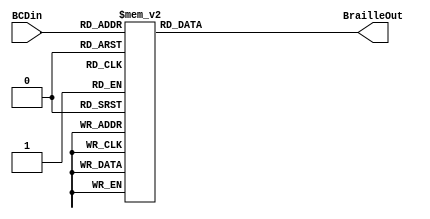
module Braille(
input [3:0] BCDin,
output reg [5:0] BrailleOut
);

always@(*)
  case(BCDin)
    4'b0000:BrailleOut = 6'b001110;
	 4'b0001:BrailleOut = 6'b000001;
	 4'b0010:BrailleOut = 6'b000101;
	 4'b0011:BrailleOut = 6'b000011;
    4'b0100:BrailleOut = 6'b001011;
	 4'b0101:BrailleOut = 6'b001001;
	 4'b0110:BrailleOut = 6'b000111;
	 4'b0111:BrailleOut = 6'b001111;
    4'b1000:BrailleOut = 6'b001101;
	 4'b1001:BrailleOut = 6'b000110;
	 default: BrailleOut = 6'b000000;
	endcase
	
endmodule

/*
Info: *******************************************************************
Info: Running Quartus II 64-Bit Analysis & Synthesis
	Info: Version 15.0.0 Build 145 04/22/2015 SJ Web Edition
	Info: Processing started: Tue Sep 29 20:51:10 2015
Info: Command: quartus_map --read_settings_files=on --write_settings_files=off Lab3 -c Braille
Warning (20028): Parallel compilation is not licensed and has been disabled
Info (12021): Found 1 design units, including 1 entities, in source file braille.v
	Info (12023): Found entity 1: Braille
Info (12127): Elaborating entity "Braille" for the top level hierarchy
Warning (13024): Output pins are stuck at VCC or GND
	Warning (13410): Pin "BrailleOut[4]" is stuck at GND
	Warning (13410): Pin "BrailleOut[5]" is stuck at GND
Info (286030): Timing-Driven Synthesis is running
Info (16010): Generating hard_block partition "hard_block:auto_generated_inst"
	Info (16011): Adding 0 node(s), including 0 DDIO, 0 PLL, 0 transceiver and 0 LCELL
Info (21057): Implemented 14 device resources after synthesis - the final resource count might be different
	Info (21058): Implemented 4 input pins
	Info (21059): Implemented 6 output pins
	Info (21061): Implemented 4 logic cells
Info: Quartus II 64-Bit Analysis & Synthesis was successful. 0 errors, 4 warnings
	Info: Peak virtual memory: 708 megabytes
	Info: Processing ended: Tue Sep 29 20:51:34 2015
	Info: Elapsed time: 00:00:24
	Info: Total CPU time (on all processors): 00:00:58
*/